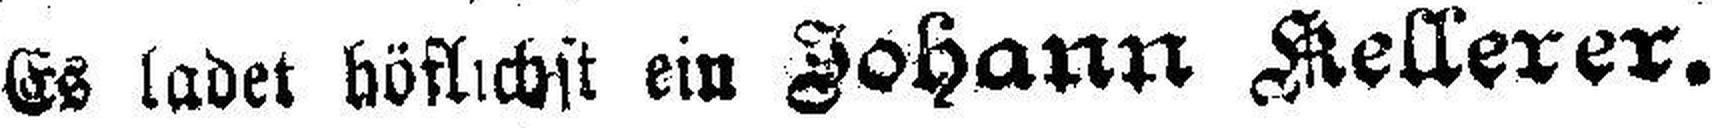
Es ladet höflichst ein Johann Hellerer.